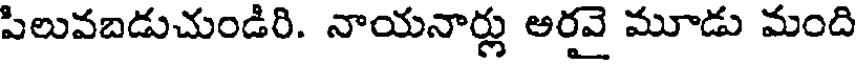
పిలువబడుచుండిరి. నాయనార్లు అరవై మూడు మంది